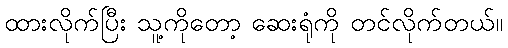
ထားလိုက်ပြီး သူ့ကိုတော့ ဆေးရုံကို တင်လိုက်တယ်။